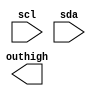
module out16hi(scl,sda,outhigh);
input scl,sda;
output [15:0] outhigh;
reg [5:0] mstate;
reg [3:0] pdata,
            padatabuf;
reg [15:0] outhigh;
reg StartFlag,EndFlag;
always @(negedge sda) begin
    if(scl)
    begin
      StartFlag<=1;
    end
    else if(EndFlag)
        StartFlag<=0;
    end

always @(posedge sda ) begin
    if(scl)
    begin
        EndFlag<=1;
        pdatabuf<=pdata;
    end
    
end
endmodule